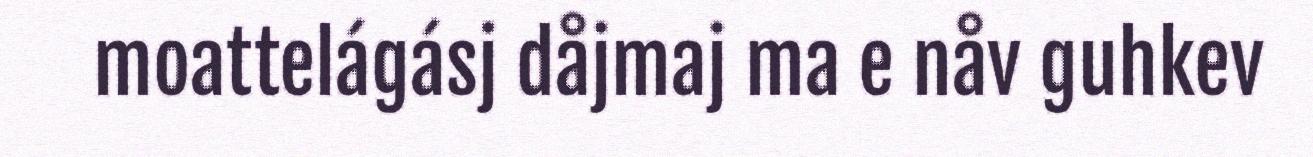
moattelágásj dåjmaj ma e nåv guhkev